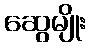
ဆွေမျိုး